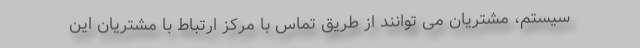
سیستم، مشتریان می توانند از طریق تماس با مرکز ارتباط با مشتریان این